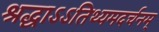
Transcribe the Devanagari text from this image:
श्रद्धाऽऽतिथ्यमदर्चनम्